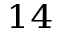
^ { 1 4 }